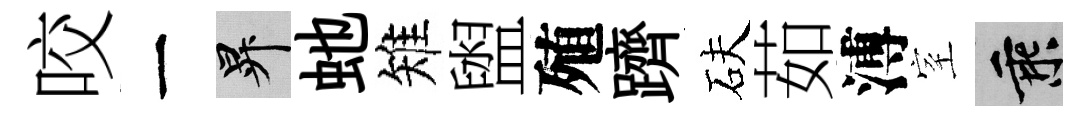
咬一升虵雉盥殖躋砆茹溥室乘